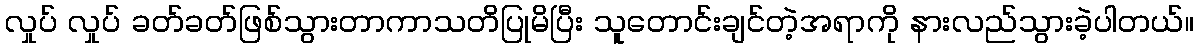
လှုပ် လှုပ် ခတ်ခတ်ဖြစ်သွားတာကာသတိပြုမိပြီး သူတောင်းချင်တဲ့အရာကို နားလည်သွားခဲ့ပါတယ်။